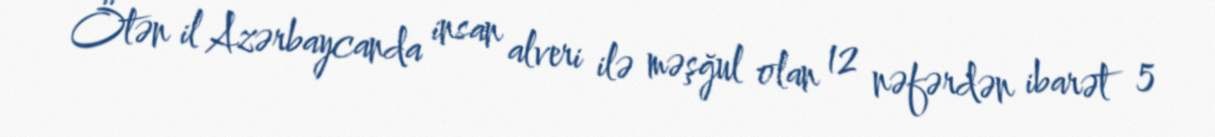
Ötən il Azərbaycanda insan alveri ilə məşğul olan 12 nəfərdən ibarət 5